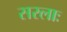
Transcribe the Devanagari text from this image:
सरलाः